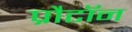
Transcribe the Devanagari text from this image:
प्रौटॉन